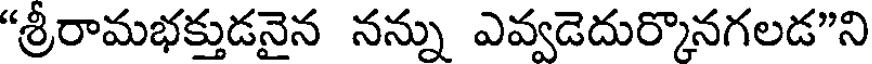
"శ్రీరామభక్తుడనైన నన్ను ఎవ్వడెదుర్కొనగలడ"ని